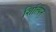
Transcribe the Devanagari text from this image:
शिल्पिन्